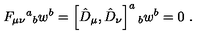
F _ { \mu \nu } { } ^ { a } { } _ { b } w ^ { b } = \left[ \hat { D } _ { \mu } , \hat { D } _ { \nu } \right] ^ { a } { } _ { b } w ^ { b } = 0 \ .